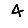
Digit: 4